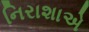
નિરાશાએ